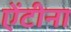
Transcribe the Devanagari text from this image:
ऐंटीना